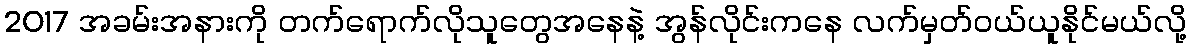
2017 အခမ်းအနားကို တက်ရောက်လိုသူတွေအနေနဲ့ အွန်လိုင်းကနေ လက်မှတ်ဝယ်ယူနိုင်မယ်လို့